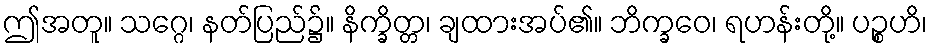
ဤအတူ။ သဂ္ဂေ၊ နတ်ပြည်၌။ နိက္ခိတ္တ၊ ချထားအပ်၏။ ဘိက္ခဝေ၊ ရဟန်းတို့။ ပဉ္စဟိ၊